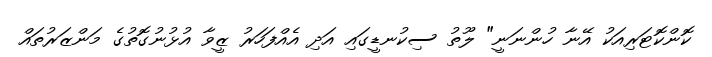
ކޮންކޮޓަރިއަކު އޭނާ ހުންނަނީ" ލޫތު ސިކުނޑީގައި އަދި އެއްފަހަރު ޒީވާ އުޅުނުގޮތުގެ މަންޒަރުތައް